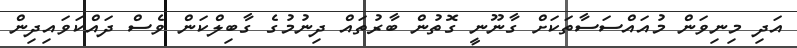
އަދި މިނިވަން މުއައްސަސާތަކަށް ގާނޫނީ ގޮތުން ބާރުތައް ދިނުމުގެ ގާބިލްކަން ވެސް ދައްކަވައިދިން